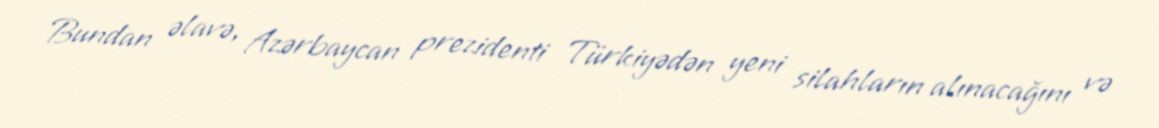
Bundan əlavə, Azərbaycan prezidenti Türkiyədən yeni silahların alınacağını və